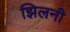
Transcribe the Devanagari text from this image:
झिलनी